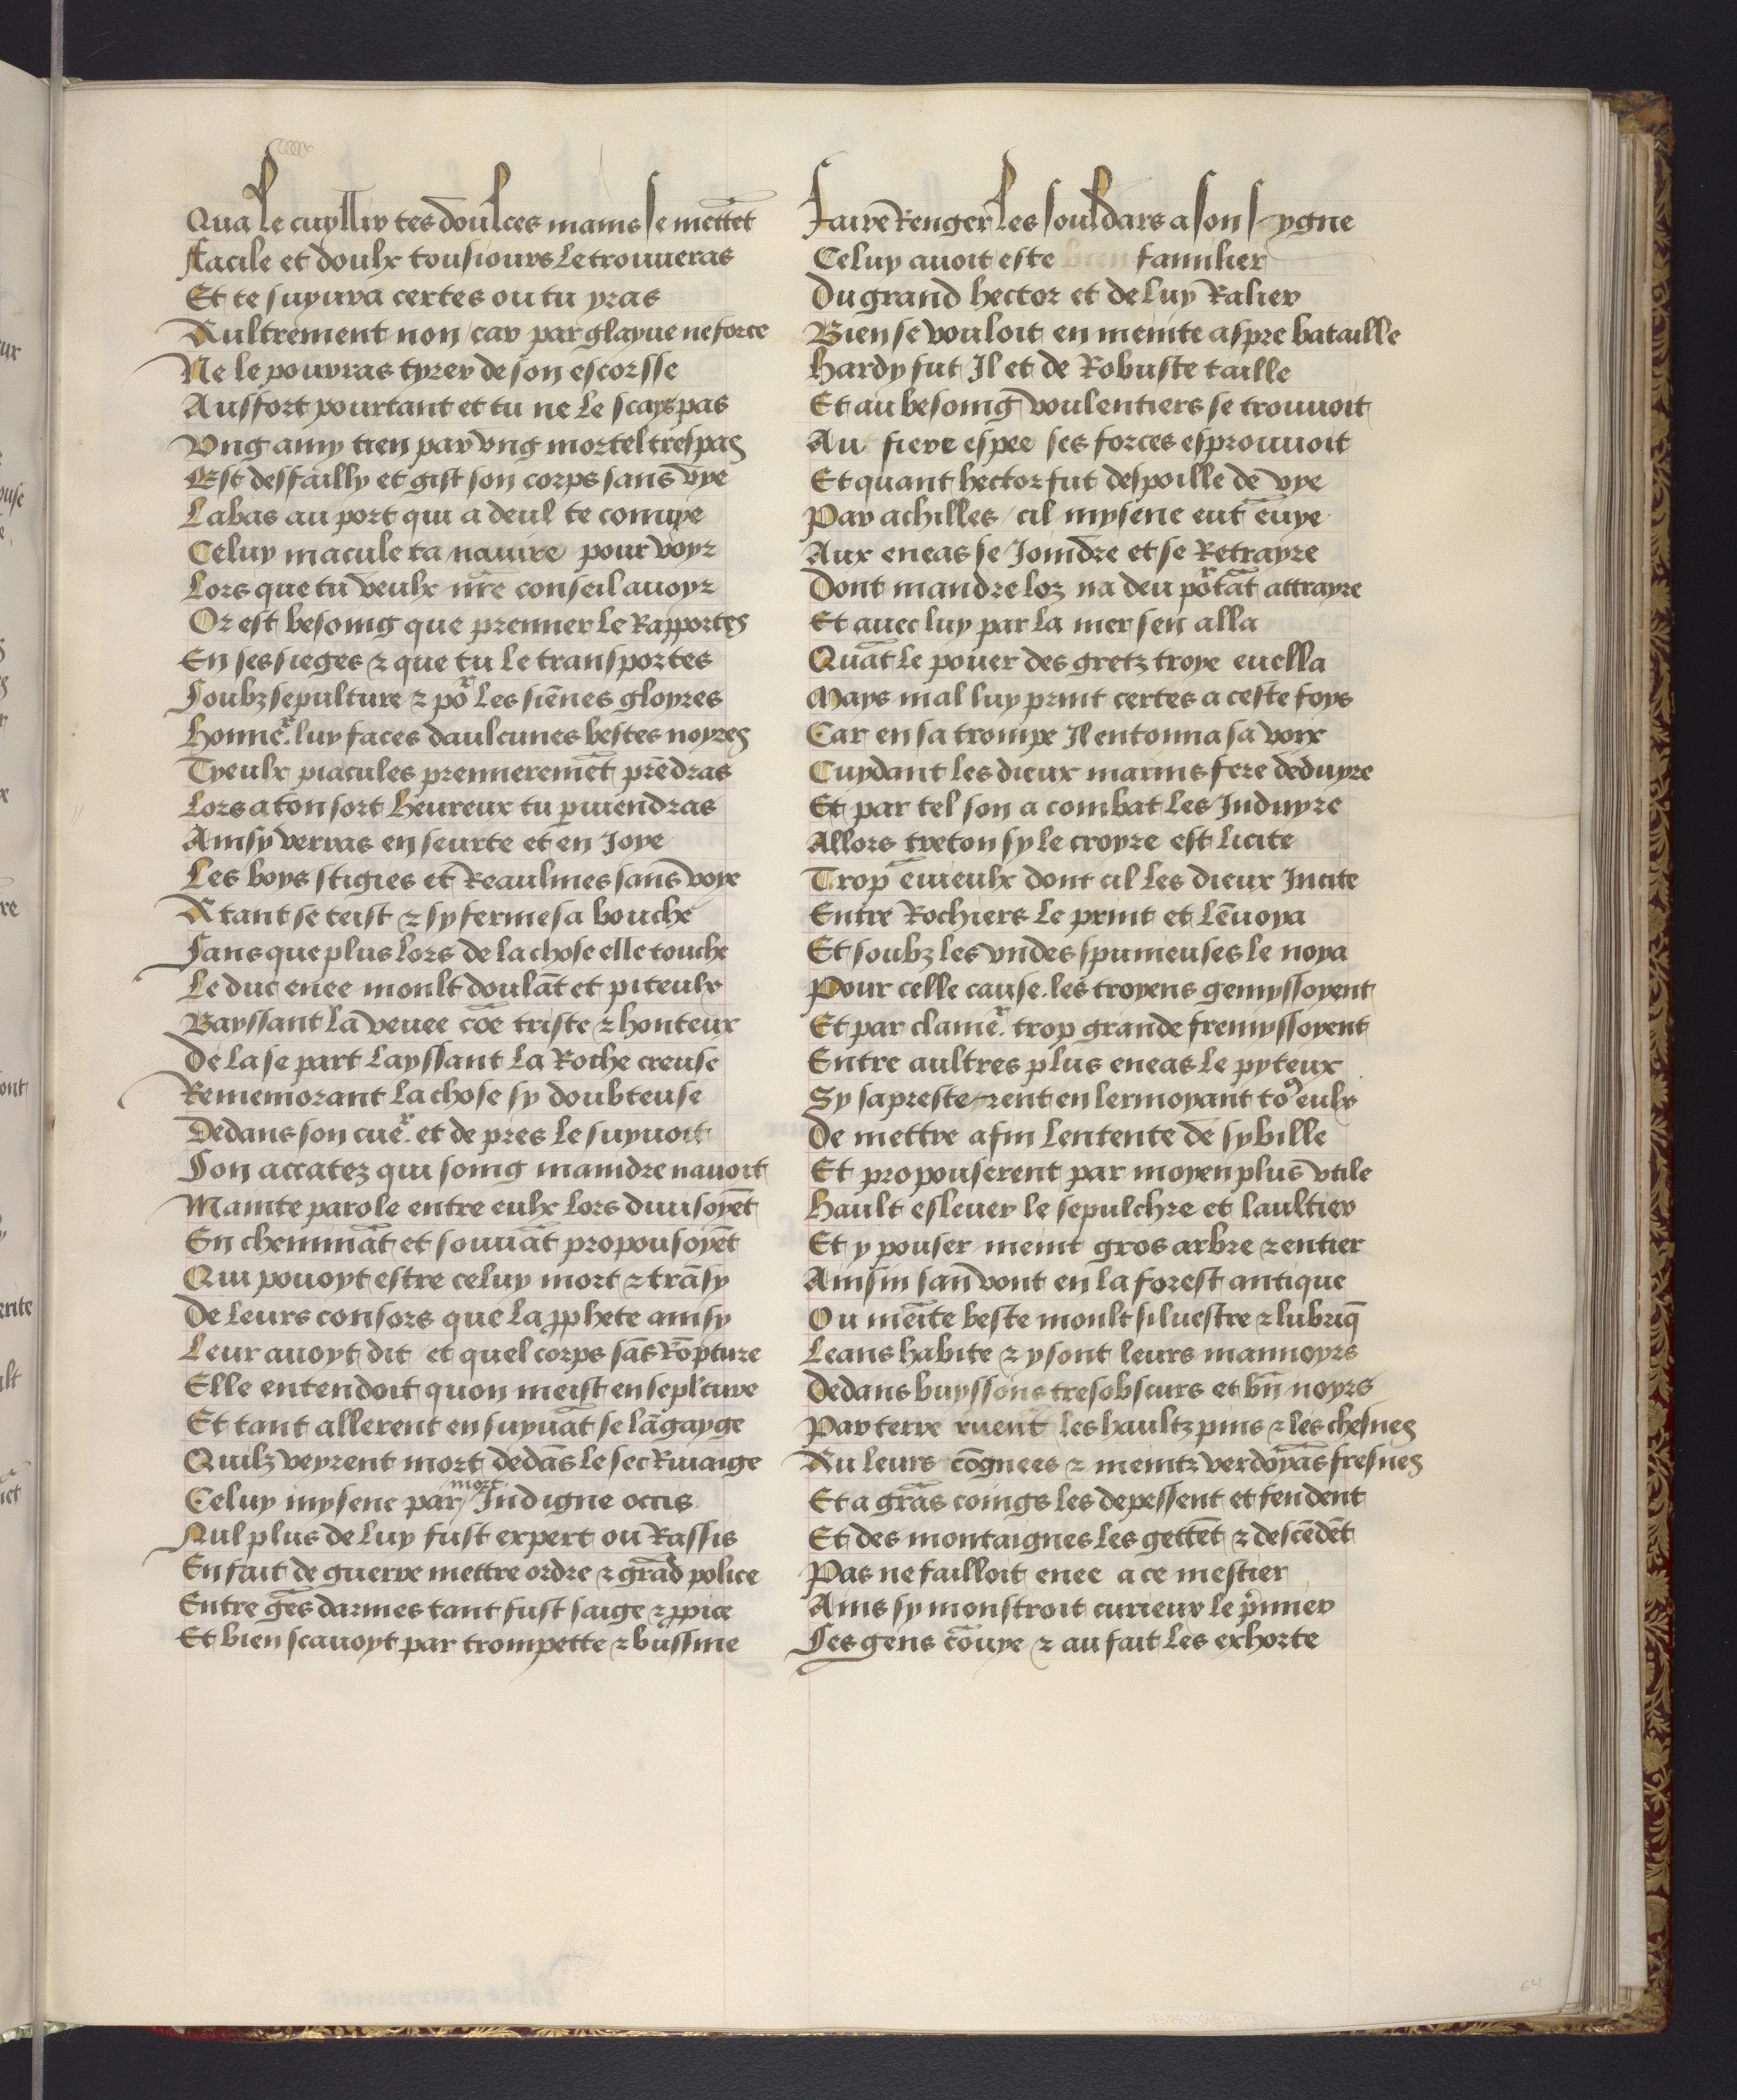
Shelfmark: Philadelphia, University of Pennsylvania, codex 909
Century: 15